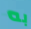
به